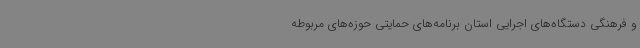
و فرهنگی دستگاه‌های اجرایی استان برنامه‌های حمایتی حوزه‌های مربوطه